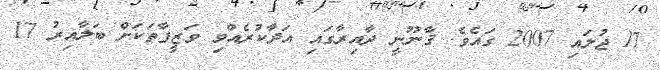
17 ޖުލައި 2007 ގައެވެ. ޤާނޫނީ ދާއިރާގައި އަދާކުރެއްވި ވަޒީފާތަކަށް ބަލާއިރު 17